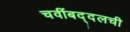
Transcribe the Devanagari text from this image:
चवींबद्दलची